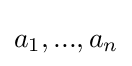
a_{1},...,a_{n}